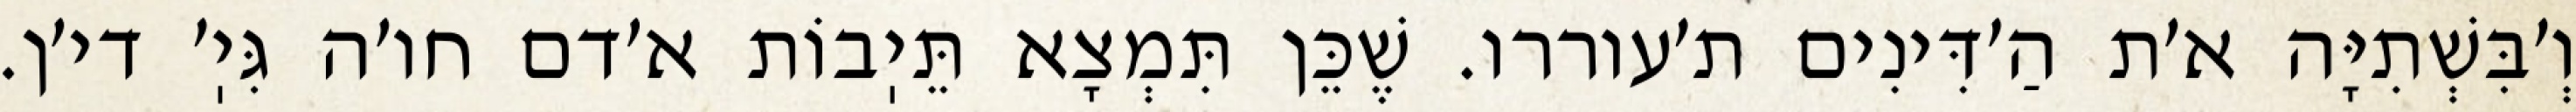
וְ׳בִּשְׁתִיָּה א׳ת הַ׳דִּינִים ת׳עוררו. שֶׁכֵּן תִּמְצָא תֵּיֽבוֹת א׳דם חו׳ה גִּיֽ׳ די׳ן.